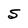
Character: S